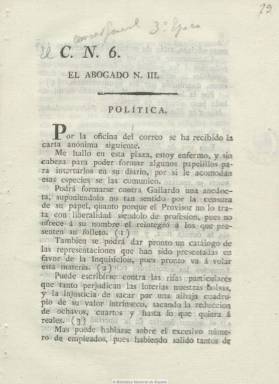
Título: C.N., El Abogado
Otros títulos: CN El Abogado || Abogado
Colección: Periódicos anteriores a 1850
Ámbito geográfico: Cádiz
Lugar de publicación: Cádiz
Fechas: 01/01/1812-31/12/1812

Una publicación gaditana del primer periodo constitucional español, salida de las prensas de don Antonio de Murguía, de la que se tienen escasas noticias, no apareciendo citada ni por Gómez Imaz (1910) ni por Gil Novales (2009). La colección de la Biblioteca Nacional de España contiene sólo un número sin fecha, aunque, probablemente, de 1812, con una cabecera formada por las iniciales C.N., seguidas del número 6 (o la letra G), y bajo esta el título El Abogado, seguido del número en romanos III.  En los textos que incluye, uno va fechado el dos de noviembre, pero sin año; algunos van firmados bajo el seudónimo Pedro Verdades (quizás de algún clérigo) y señala que es “diario”. Es un ejemplar de ocho páginas, compuesto a una columna, con breves disquisiciones; la primera de ellas bajo el epígrafe “Política”, en donde su autor o autores hacen unos comentarios sobre la Inquisición, cuya disolución será votada pronto por las Cortes de Cádiz; sobre la libertad religiosa, así como las nuevas voces “liberal” y “servil”, con referencias explícitas al escritor anticlerical y entonces diputado Bartolomé José Gallardo (1776-1852) y al provisor y vicario capitular gaditano. En cuanto a las iniciales del título de esta publicación, existe una nota manuscrita en el ejemplar escrita a lápiz que señala: “El censor general, 3ª época”, lo que pudiera pensar que se trataría de un suplemento de este periódico, pero también sus iniciales pueden corresponder a “Ciudadano de la nación”, o algo similar.